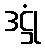
ဒဋ္ဌုံ